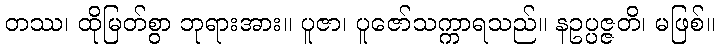
တဿ၊ ထိုမြတ်စွာ ဘုရားအား။ ပူဇာ၊ ပူဇော်သက္ကာရသည်။ နဥပ္ပဇ္ဇတိ၊ မဖြစ်။